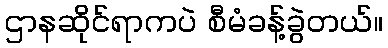
ဌာနဆိုင်ရာကပဲ စီမံခန့်ခွဲတယ်။